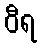
ဝီရ